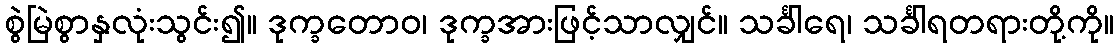
စွဲမြဲစွာနှလုံးသွင်း၍။ ဒုက္ခတောဝ၊ ဒုက္ခအားဖြင့်သာလျှင်။ သင်္ခါရေ၊ သင်္ခါရတရားတို့ကို။